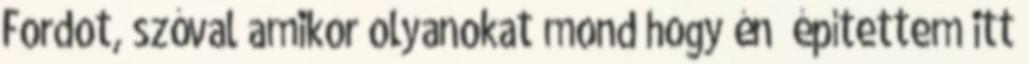
Fordot, szóval amikor olyanokat mond hogy én “építettem itt